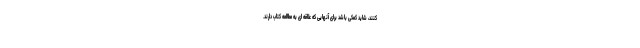
کنند، شاید کمکی باشد برای آنهایی که علاقه ای به مطالعه کتاب دارند.